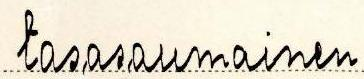
tasasaumainen